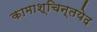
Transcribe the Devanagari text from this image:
कामाश्चिन्तयेद